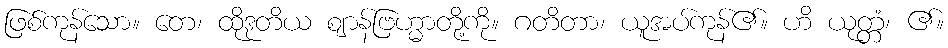
ဖြစ်ကုန်သော။ တေ၊ ထိုဒုတိယ ဈာန်ဗြဟ္မာတို့ကို။ ဂတိတာ၊ ယူအပ်ကုန်၏။ ဟိ ယုတ္တံ၊ ၏။